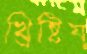
খ্রিষ্টিয়